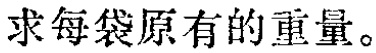
求每袋原有的重量。